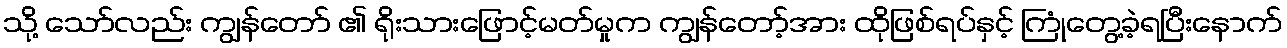
သို့ သော်လည်း ကျွန်တော် ၏ ရိုးသားဖြောင့်မတ်မှုက ကျွန်တော့်အား ထိုဖြစ်ရပ်နှင့် ကြုံတွေ့ခဲ့ရပြီးနောက်